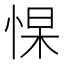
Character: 𭝑